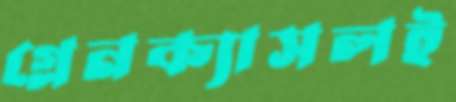
গ্লেনক্যাসলই